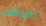
اماكن